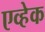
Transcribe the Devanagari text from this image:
एव्हेक